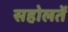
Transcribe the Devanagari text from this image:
सहोलतें